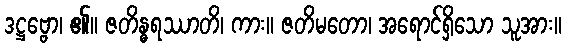
ဒဋ္ဌဗ္ဗော၊ ၏။ ဇတိန္ဓရဿာတိ၊ ကား။ ဇတိမတော၊ အရောင်ရှိသော သူအား။